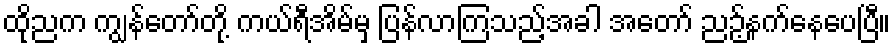
ထိုညက ကျွန်တော်တို့ ကယ်ရီအိမ်မှ ပြန်လာကြသည့်အခါ အတော် ညဉ့်နက်နေပေပြီ။